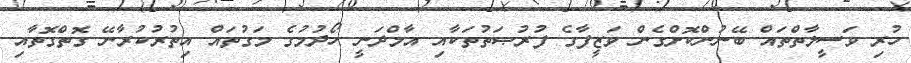
ހުރި ވަސީލާތްތައް ބޭނުންކޮށްގެން ވަޒީފާގެ ފުރުޞަތުތަކާއި އާމްދަނީ ހޯދުމުގެ މަގުތައް އިތުރުކުރާނޭ ގޮތްގޮތާއި